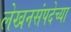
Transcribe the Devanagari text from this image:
लेखनसंपदेच्या